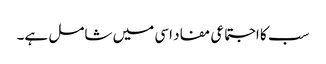
سب کا اجتماعی مفاد اسی میں شامل ہے۔